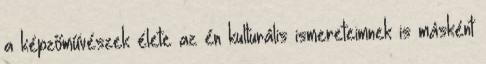
a képzőművészek élete az én kulturális ismereteimnek is másként